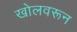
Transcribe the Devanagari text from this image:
खोलवरून